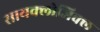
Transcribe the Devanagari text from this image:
सायक्लोजिक्ल